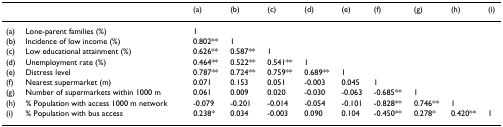
<table><thead><tr><td></td><td></td><td><b>(a)</b></td><td><b>(b)</b></td><td><b>(c)</b></td><td><b>(d)</b></td><td><b>(e)</b></td><td><b>(f)</b></td><td><b>(g)</b></td><td><b>(h)</b></td><td><b>(i)</b></td></tr></thead><tbody><tr><td>(a)</td><td>Lone-parent families (%)</td><td>1</td><td></td><td></td><td></td><td></td><td></td><td></td><td></td><td></td></tr><tr><td>(b)</td><td>Incidence of low income (%)</td><td>0.802**</td><td>1</td><td></td><td></td><td></td><td></td><td></td><td></td><td></td></tr><tr><td>(c)</td><td>Low educational attainment (%)</td><td>0.626**</td><td>0.587**</td><td>1</td><td></td><td></td><td></td><td></td><td></td><td></td></tr><tr><td>(d)</td><td>Unemployment rate (%)</td><td>0.464**</td><td>0.522**</td><td>0.541**</td><td>1</td><td></td><td></td><td></td><td></td><td></td></tr><tr><td>(e)</td><td>Distress level</td><td>0.787**</td><td>0.724**</td><td>0.759**</td><td>0.689**</td><td>1</td><td></td><td></td><td></td><td></td></tr><tr><td>(f)</td><td>Nearest supermarket (m)</td><td>0.071</td><td>0.153</td><td>0.051</td><td>-0.003</td><td>0.045</td><td>1</td><td></td><td></td><td></td></tr><tr><td>(g)</td><td>Number of supermarkets within 1000 m</td><td>0.061</td><td>0.009</td><td>0.020</td><td>-0.030</td><td>-0.063</td><td>-0.685**</td><td>1</td><td></td><td></td></tr><tr><td>(h)</td><td>% Population with access 1000 m network</td><td>-0.079</td><td>-0.201</td><td>-0.014</td><td>-0.054</td><td>-0.101</td><td>-0.828**</td><td>0.746**</td><td>1</td><td></td></tr><tr><td>(i)</td><td>% Population with bus access</td><td>0.238*</td><td>0.034</td><td>-0.003</td><td>0.090</td><td>0.104</td><td>-0.450**</td><td>0.278*</td><td>0.420**</td><td>1</td></tr></tbody></table>